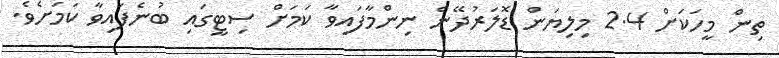
ތިން މީހަކަށް 2.4 މިލިޔަން ޑޮލަރުދޭން ނިންމާފައިވާ ކަމަށް ސިޓީގައި ބުނެފައިވާ ކަމަށެވެ.